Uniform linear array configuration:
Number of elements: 16
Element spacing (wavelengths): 0.25
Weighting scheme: hamming
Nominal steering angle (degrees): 45
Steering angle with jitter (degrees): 44.068
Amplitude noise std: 0.05
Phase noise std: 0.05

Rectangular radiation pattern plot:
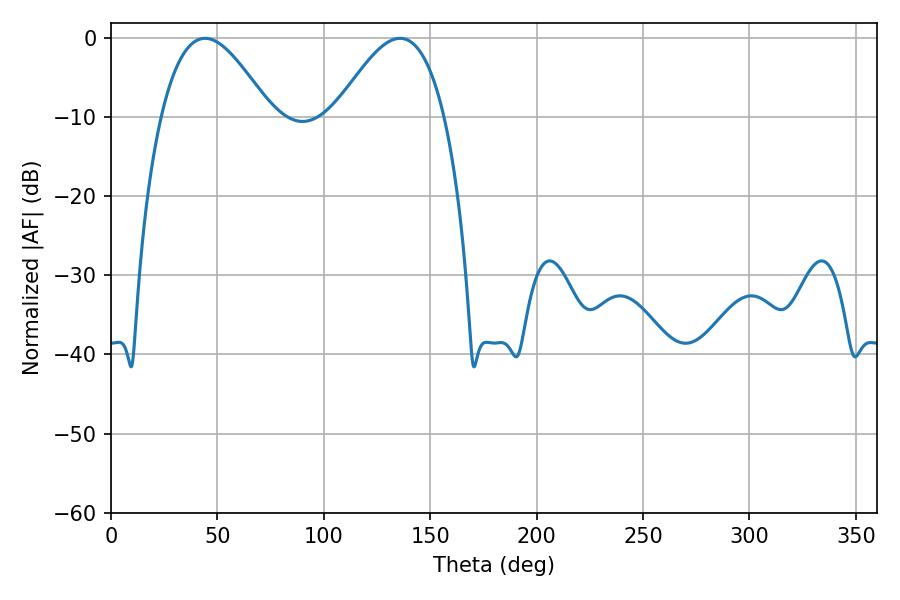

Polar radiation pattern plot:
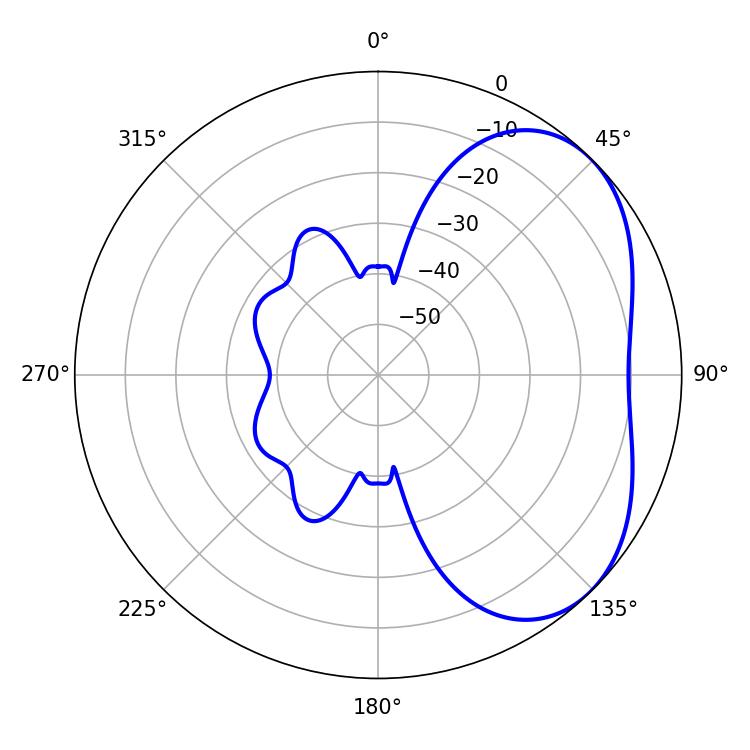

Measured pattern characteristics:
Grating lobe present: FALSE
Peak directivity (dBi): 4.003
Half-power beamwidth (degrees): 27.72
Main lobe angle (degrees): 44.1